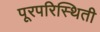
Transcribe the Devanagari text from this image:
पूरपरिस्थिती